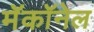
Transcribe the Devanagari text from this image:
मॅकॉनेल